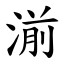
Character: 湔